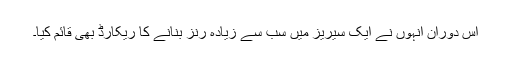
اس دوران انہوں نے ایک سیریز میں سب سے زیادہ رنز بنانے کا ریکارڈ بھی قائم کیا۔